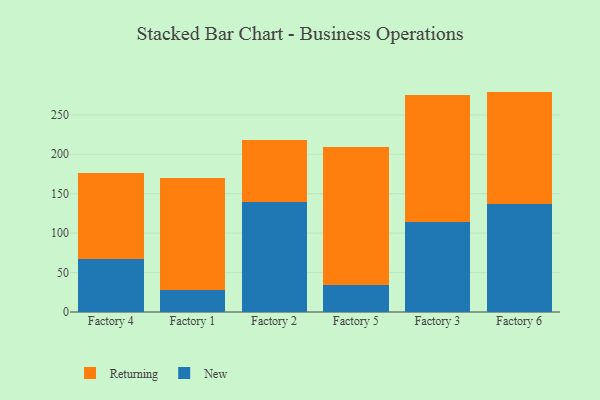
{"axis": {"x": "Factory", "y": "Backlog"}, "legend": ["New", "Returning"], "data": [{"x": "Factory 4", "y": 67.7, "type": "New"}, {"x": "Factory 4", "y": 108.5, "type": "Returning"}, {"x": "Factory 1", "y": 27.6, "type": "New"}, {"x": "Factory 1", "y": 142.3, "type": "Returning"}, {"x": "Factory 2", "y": 139.5, "type": "New"}, {"x": "Factory 2", "y": 78.0, "type": "Returning"}, {"x": "Factory 5", "y": 34.0, "type": "New"}, {"x": "Factory 5", "y": 175.2, "type": "Returning"}, {"x": "Factory 3", "y": 114.7, "type": "New"}, {"x": "Factory 3", "y": 160.0, "type": "Returning"}, {"x": "Factory 6", "y": 137.1, "type": "New"}, {"x": "Factory 6", "y": 142.4, "type": "Returning"}]}